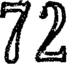
72